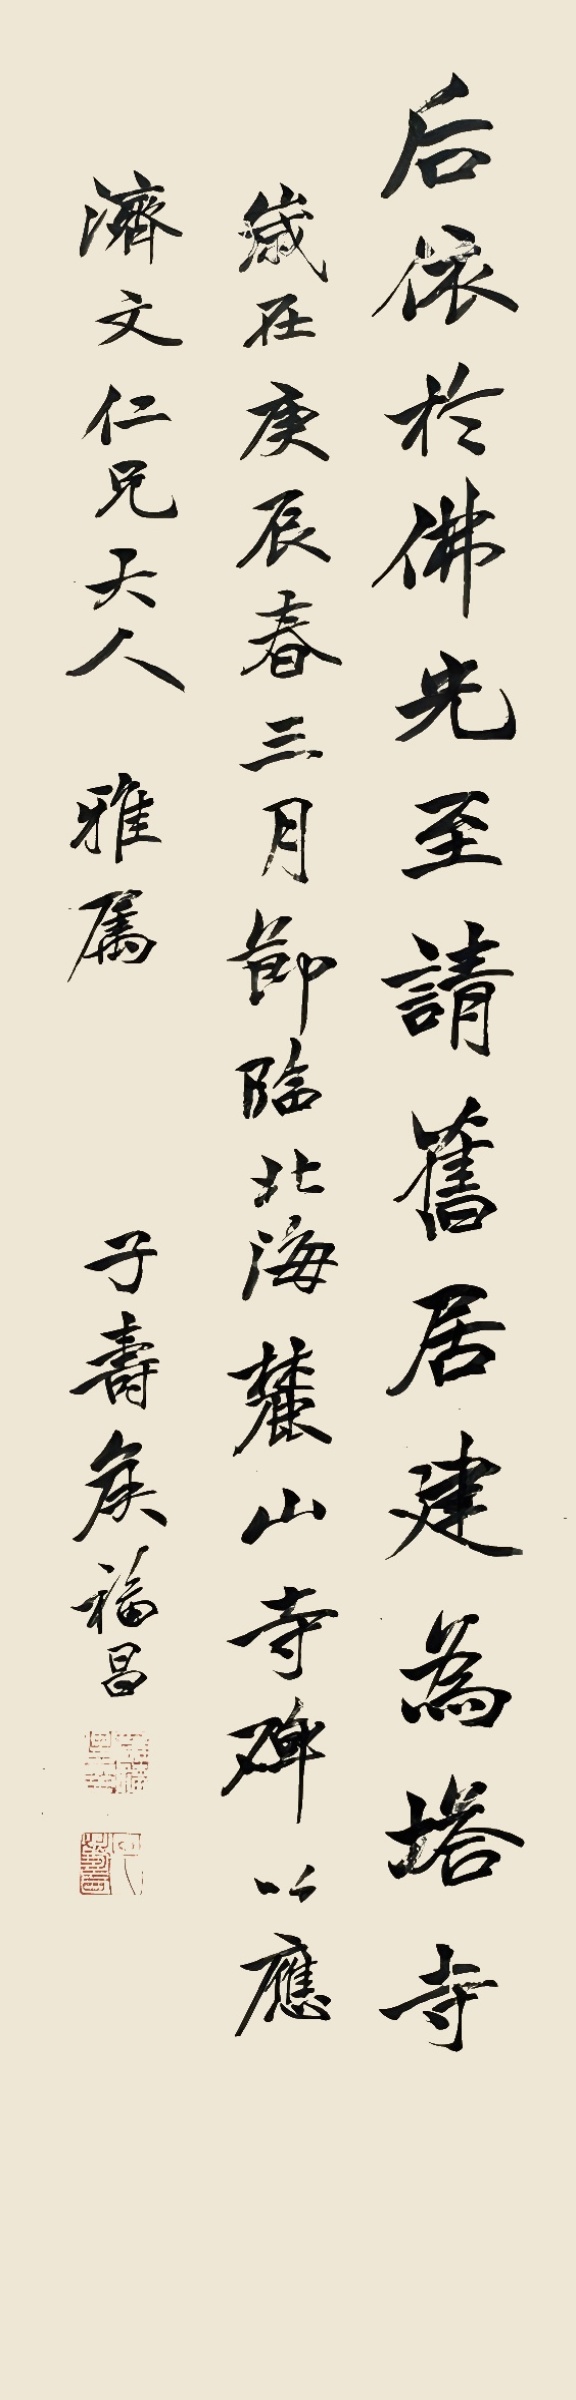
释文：兹寺大枑，厥旨玄同，是以回向……建为塔寺。岁在庚辰春三月，节临北海麓山寺碑，以应济文仁兄大人雅属，子寿侯福昌。